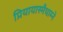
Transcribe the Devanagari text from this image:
प्रियायास्मैधाम्ने